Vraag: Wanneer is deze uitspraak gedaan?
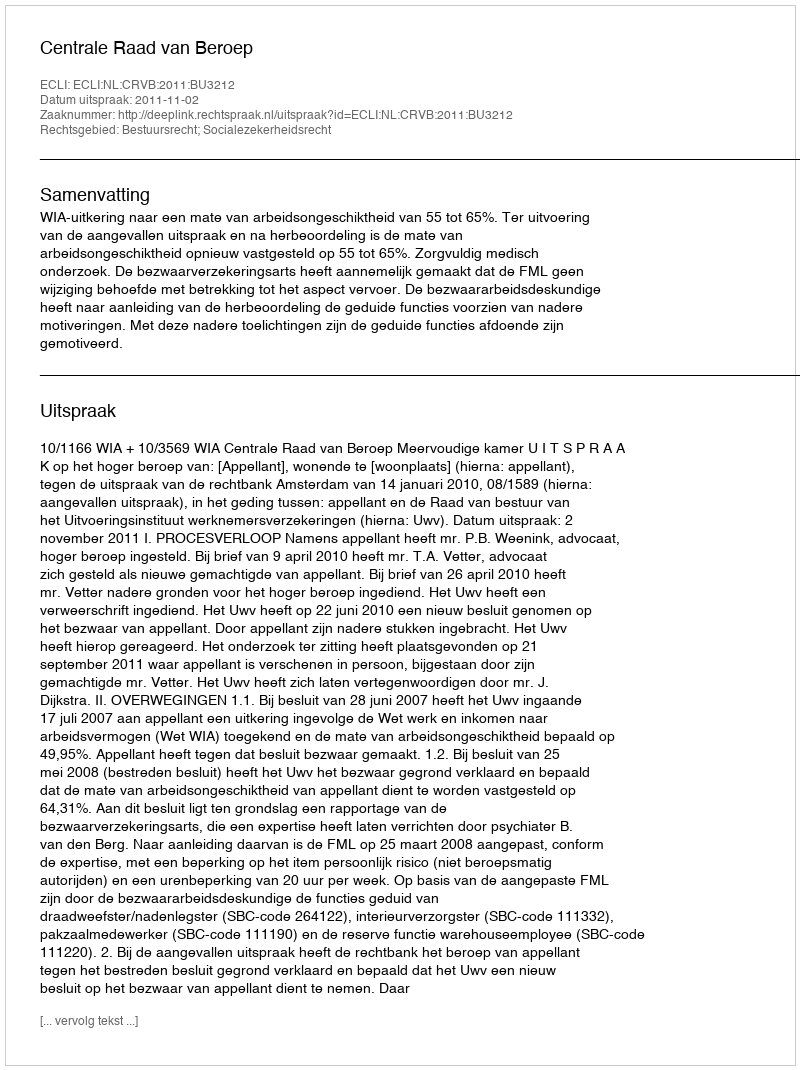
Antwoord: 2011-11-02